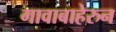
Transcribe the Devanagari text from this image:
गावाबाहेरुन